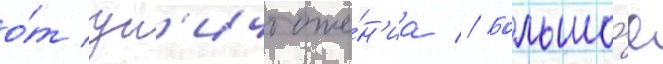
о́т ун'ичтоже́н'иа // Большо́е